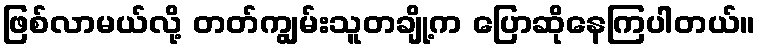
ဖြစ်လာမယ်လို့ တတ်ကျွမ်းသူတချို့က ပြောဆိုနေကြပါတယ်။